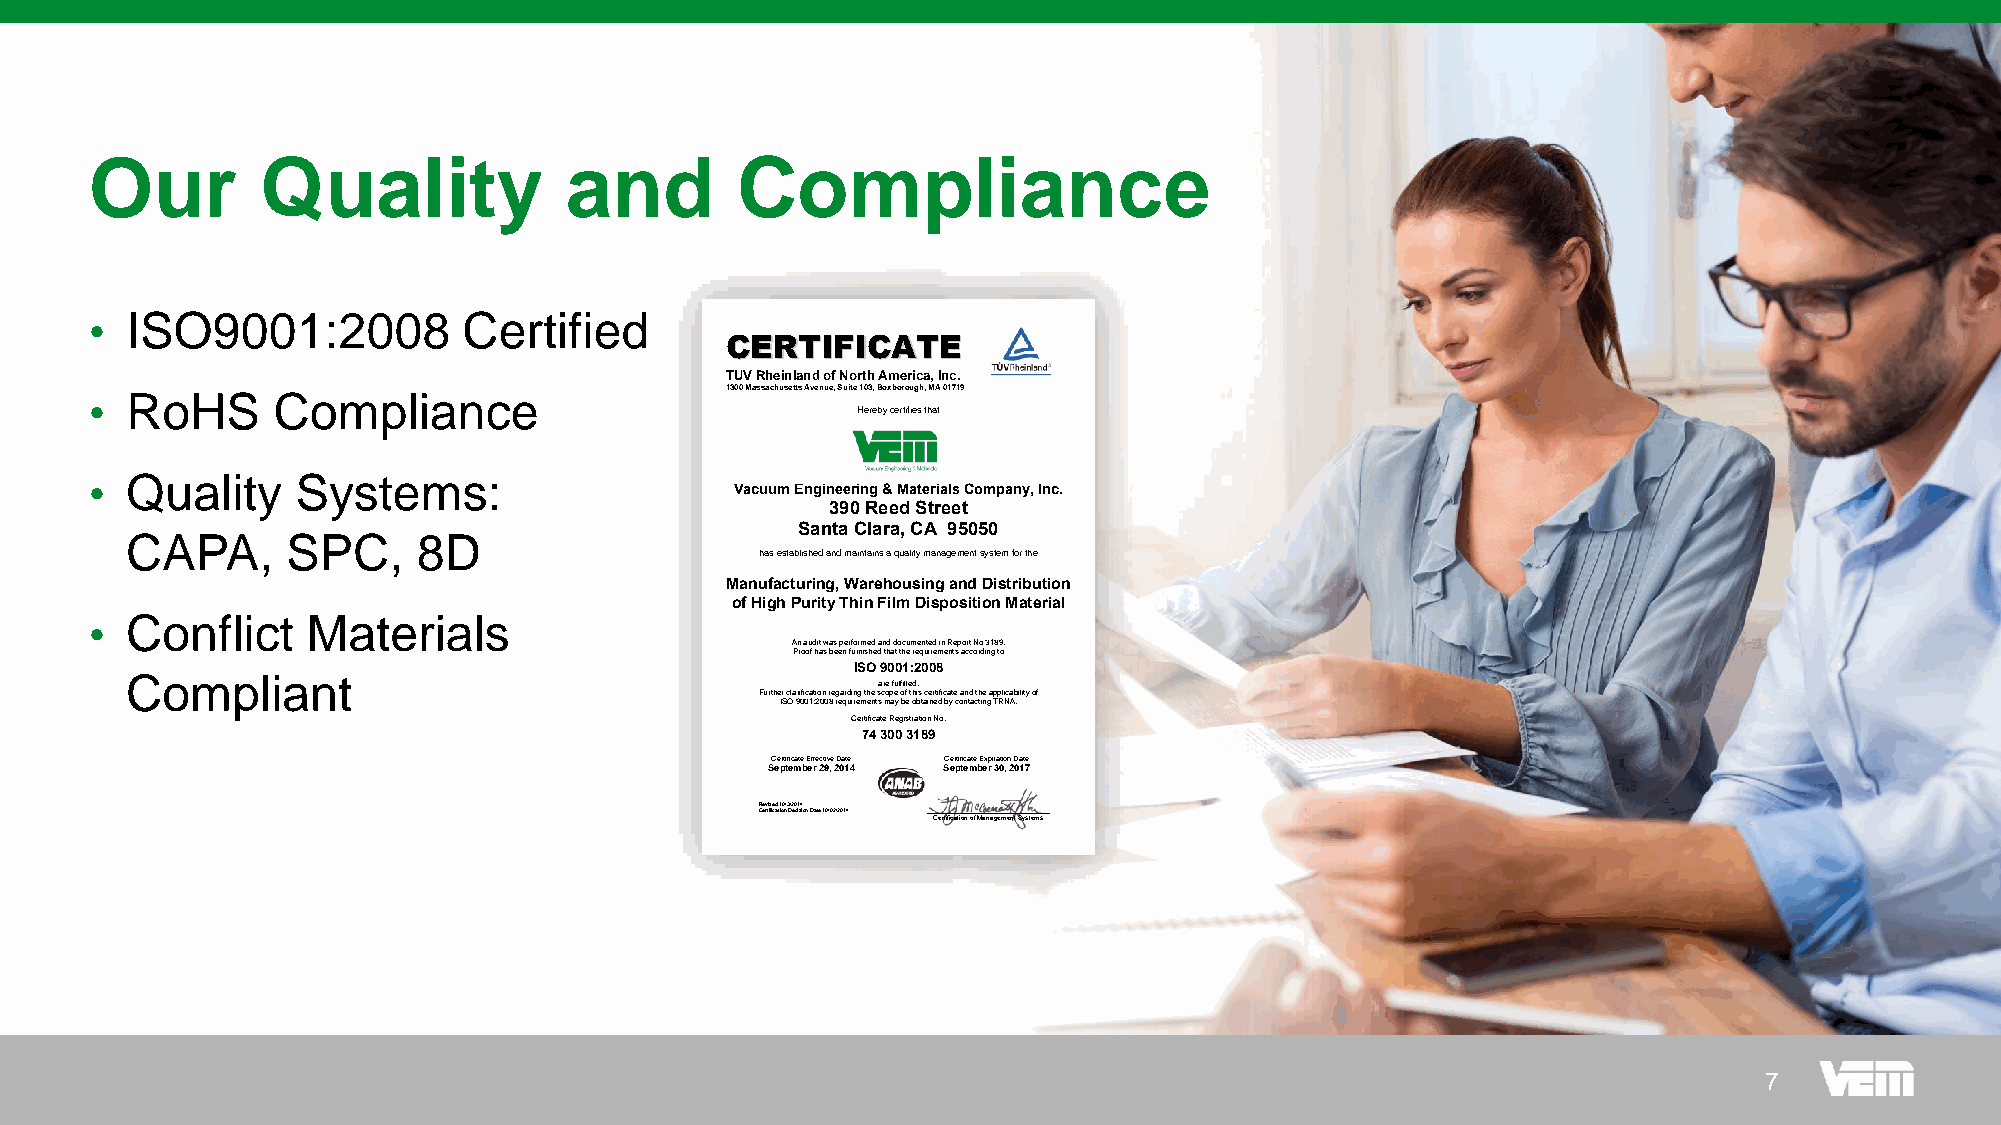
Our        Quality             and         Compliance
 • ISO9001:2008           Certified
 CCEERRTTIIFFIICCAATTEE
 TUV Rheinland of North America, Inc.
 • RoHS      Compliance                    1300 Massachusetts Avenue, Suite 103, Boxborough, MA 01719
 Hereby certifies that
 • Quality     Systems:
 Vacuum Engineering & Materials Company, Inc.
 390 Reed Street
 Santa Clara, CA 95050
 CAPA,      SPC,     8D
 has established and maintains a quality management system for the
 Manufacturing, Warehousing and Distribution
 of High Purity Thin Film Disposition Material
 • Conflict    Materials
 An audit was performed and documented in Report No 3189.
 Proof has been furnished that the requirements according to
 ISO 9001:2008
 Compliant
 are fulfilled.
 Further clarification regarding the scope of this certificate and the applicability of
 ISO 9001:2008 requirements may be obtained by contacting TRNA.
 Certificate Registration No.
 74 300 3189
 Certificate Effective Date Certificate Expiration Date
 September 29, 2014 September 30, 2017
 RCeevrtiisfiecda t1io0n/ 3D/2e0c1is4io n Date 10/02/2014
 Certification of Management Systems
 77